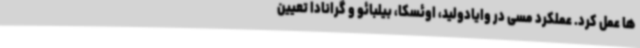
ها عمل کرد. عملکرد مسی در وایادولید، اوئسکا، بیلبائو و گرانادا تعیین